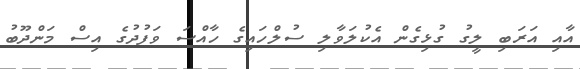
އާއި އަރަބި ލީގު ގުޅިގެން އެކުލަވާލި ސުލްހައިގެ ހާއްސަ ވަފުދުގެ އިސް މަންދޫބު